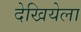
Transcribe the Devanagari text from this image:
देखियेला